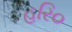
હરિ૦